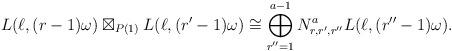
LaTeX: \begin{align*}L(\ell, (r-1)\omega) \boxtimes_{P(1)} L(\ell, (r'-1)\omega) \cong \bigoplus_{r''=1}^{a-1} N^a_{r, r', r''}L(\ell, (r''-1)\omega).\end{align*}